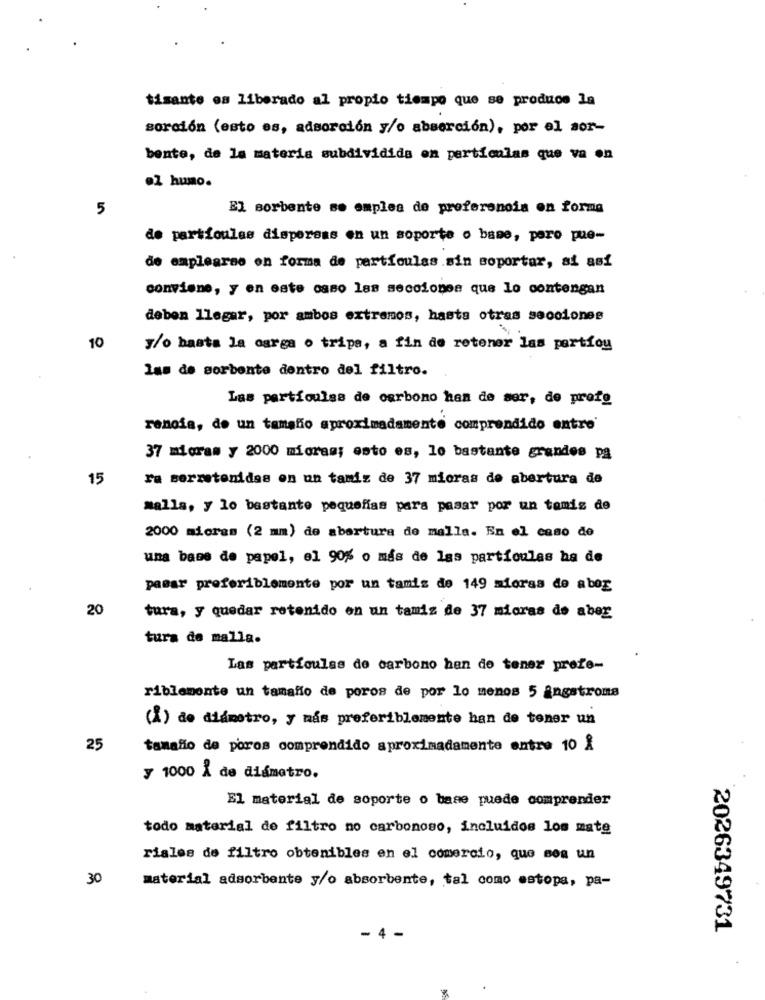
tisante es liberado al propio tiempo que se produce la
sorción (esto es, adsorción y/o absorción), por el sor-
bente, de la materia subdividida en perticalas que va on
.2 humo.
5
El sorbente se emplea de preferencia en forma
de particules dispersas en un soporte o bame, pero pue-
de emplearao on forma de partículas.sin soportar, ai asi
conviene, y en este caso las secciones que lo contengan
deben llegar, por ambos extremos, hasta otras secciones
10
y/o basta la carga o tripa, a fin de retener las partfou
las de sorbente dentro del filtro.
Las partículas de carbono han de ser, de profe
rencia, do un tamaño aproximadamente comprendido entre'
37 mioram y 2000 micras; esto es, lo bastante grandes pa
15
ra serretenidas en un tamiz de 37 mioras de abertura de
malla, y lo bastante pequeñas para pasar por un tamis de
2000 micras (2 mm) de abertura de malla. En el caso de
una base de papel, el 90% o más de las partículas ha de
pasar preferiblemente por un tamis de 149 miorss de abor
20
tura, y quedar retenido en un tamiz de 37 micras de aber
tura de malla.
Las partfoulss de carbono han de tener prefe-
riblemente un tamaño de poros de por lo menos 5 angstroms
(Å) de diámetro, y más preferiblemente han de tener un
25
tamaño de poros comprendido aproximadamente entre 10 £
y 1000 A de diámetro.
El material de soporte o base puede comprender
todo material de filtro no carbonoso, incluidos los mate
riales de filtro obtenibles en el comercio, que sea un
30
material adsorbente y/o absorbente, tal como estopa, pa-
2026349731
- 4 -